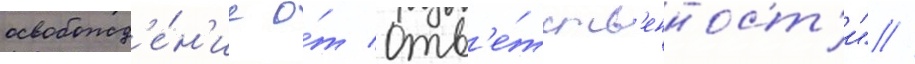
освобожд'е́н'ие о́т отв'е́тств'енност'и" //